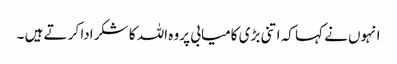
انہوں نے کہا کہ اتنی بڑی کامیابی پر وہ اللہ کا شکر ادا کر تے ہیں ۔